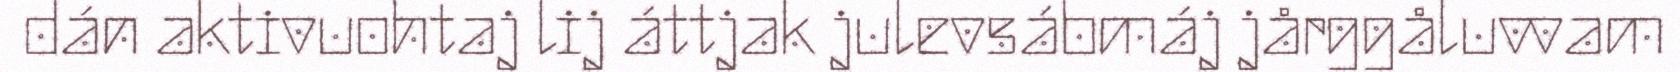
dán aktivuohtaj lij áttjak julevsábmáj jårggåluvvam